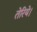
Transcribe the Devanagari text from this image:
तेरिये।